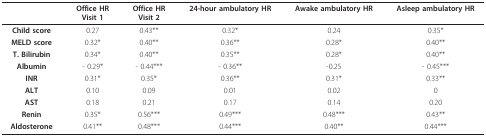
<table><thead><tr><td></td><td><b>Office HRVisit 1</b></td><td><b>Office HRVisit 2</b></td><td><b>24-hour ambulatory HR</b></td><td><b>Awake ambulatory HR</b></td><td><b>Asleep ambulatory HR</b></td></tr></thead><tbody><tr><td><b>Child score</b></td><td>0.27</td><td>0.43**</td><td>0.32*</td><td>0.24</td><td>0.35*</td></tr><tr><td><b>MELD score</b></td><td>0.32*</td><td>0.40**</td><td>0.36**</td><td>0.28*</td><td>0.40**</td></tr><tr><td><b>T. Bilirubin</b></td><td>0.34*</td><td>0.40**</td><td>0.35**</td><td>0.28*</td><td>0.40**</td></tr><tr><td><b>Albumin</b></td><td>- 0.29*</td><td>- 0.44***</td><td>- 0.36**</td><td>-0.25</td><td>- 0.45***</td></tr><tr><td><b>INR</b></td><td>0.31*</td><td>0.35*</td><td>0.36**</td><td>0.31*</td><td>0.33**</td></tr><tr><td><b>ALT</b></td><td>0.10</td><td>0.09</td><td>0.01</td><td>0.02</td><td>0</td></tr><tr><td><b>AST</b></td><td>0.18</td><td>0.21</td><td>0.17</td><td>0.14</td><td>0.20</td></tr><tr><td><b>Renin</b></td><td>0.35*</td><td>0.56***</td><td>0.49***</td><td>0.48***</td><td>0.43**</td></tr><tr><td><b>Aldosterone</b></td><td>0.41**</td><td>0.48***</td><td>0.44***</td><td>0.40**</td><td>0.44***</td></tr></tbody></table>